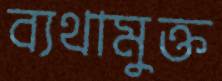
ব্যথামুক্ত